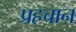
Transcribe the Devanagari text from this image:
प्रहचान